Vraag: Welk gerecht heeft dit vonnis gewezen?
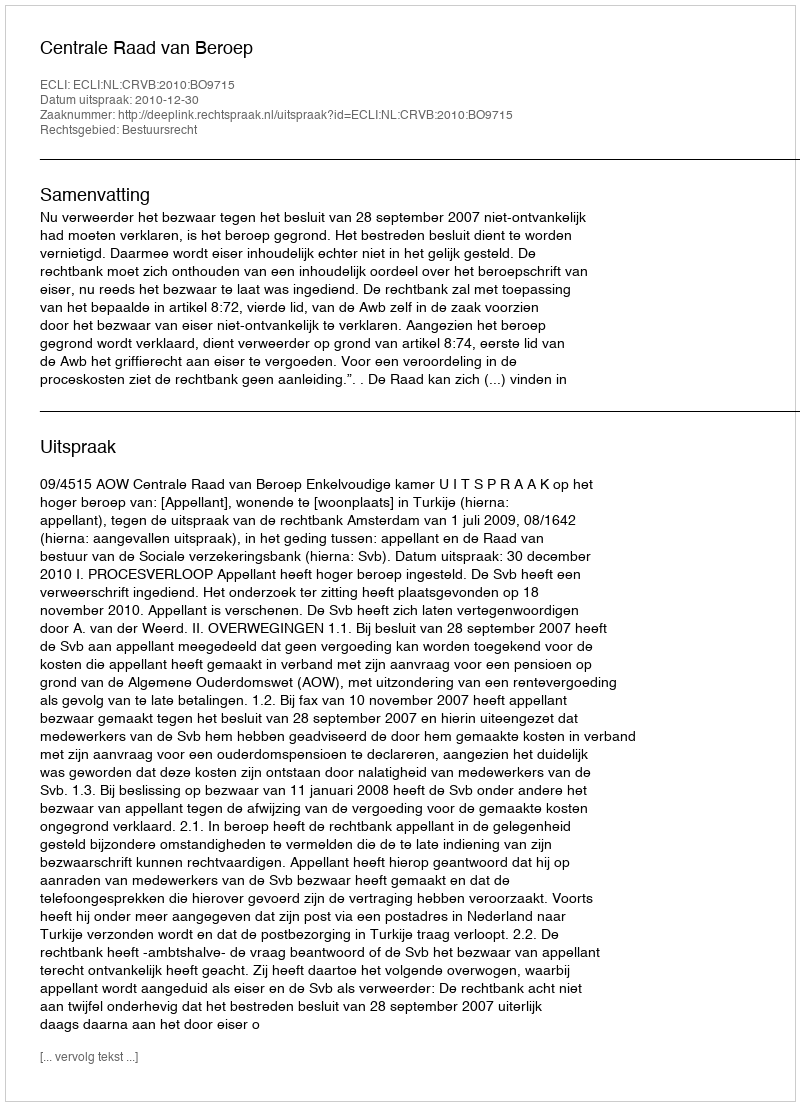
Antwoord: Centrale Raad van Beroep